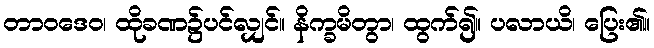
တာဝဒေဝ၊ ထိုခဏ၌ပင်လျှင်။ နိက္ခမိတွာ၊ ထွက်၍။ ပလာယိ၊ ပြေး၏။